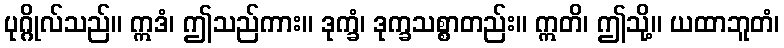
ပုဂ္ဂိုလ်သည်။ ဣဒံ၊ ဤသည်ကား။ ဒုက္ခံ၊ ဒုက္ခသစ္စာတည်း။ ဣတိ၊ ဤသို့။ ယထာဘူတံ၊